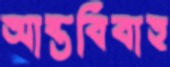
আন্তবিবাহ